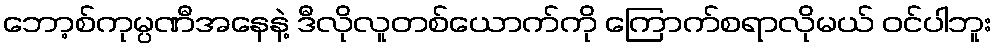
ဘော့စ်ကုမ္ပဏီအနေနဲ့ ဒီလိုလူတစ်ယောက်ကို ကြောက်စရာလိုမယ် ဝင်ပါဘူး